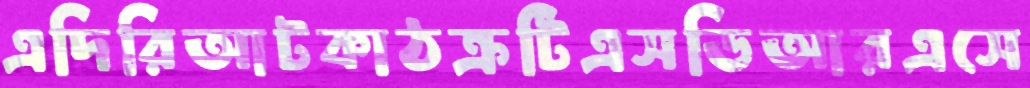
এদিরিআটকাঠক্রটিএসডিআরএসে